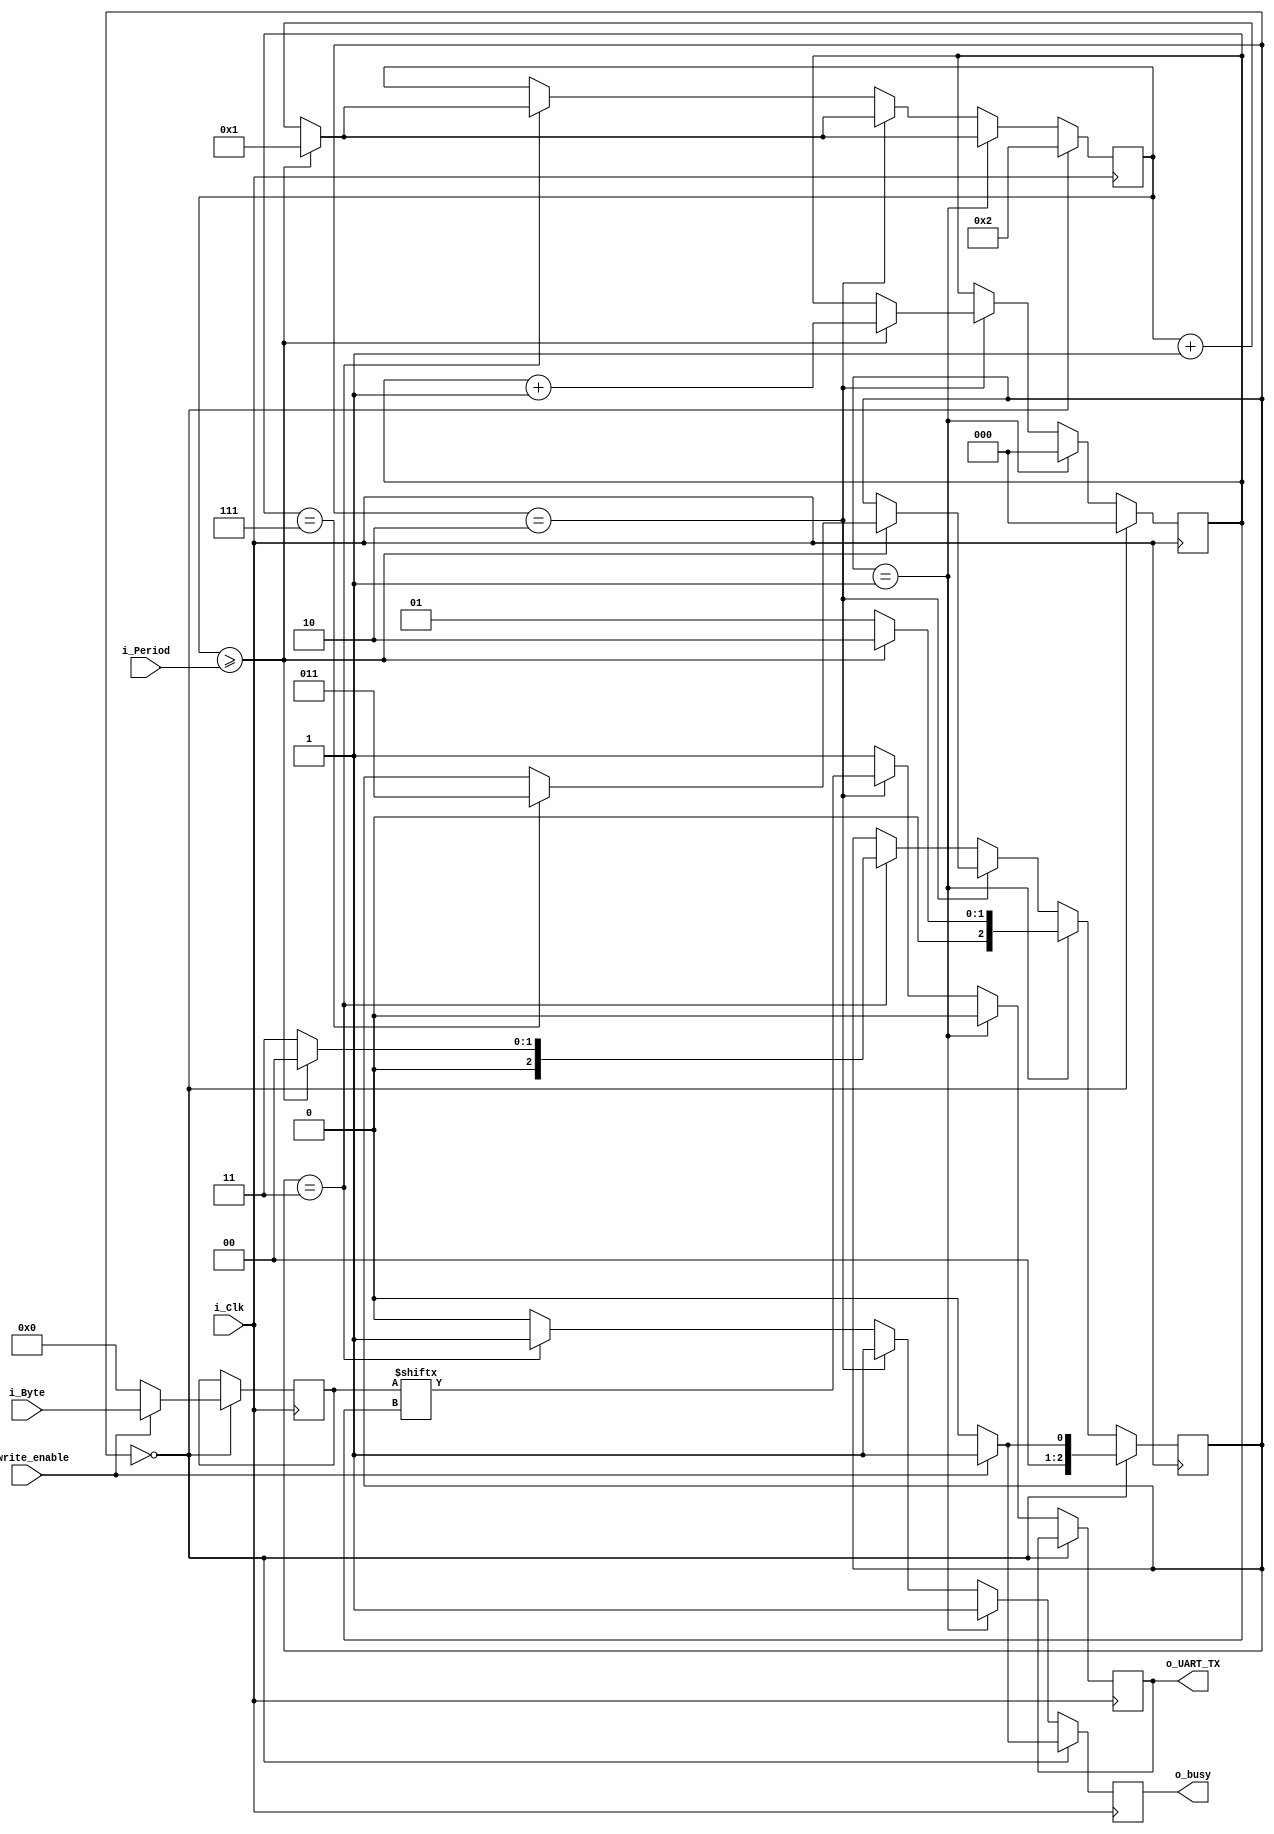
module UART_Encoder (
  input i_Clk,
  input [19:0] i_Period,
  input [7:0] i_Byte,
  input i_write_enable,
  output o_UART_TX,
  output o_busy
  );
  
  reg [2:0] r_State = 3'b0; // State machine
  reg [7:0] r_Byte = 0;
  reg [19:0] c_SampleClock = 20'b0;
  reg [2:0] r_DigitIndex;
  reg r_busy = 0;
  reg r_UART_TX = 1;
  
  assign o_UART_TX = r_UART_TX;
  assign o_busy = r_busy;
  
  always @(posedge i_Clk) begin
    if (r_State == 0) begin
      r_DigitIndex <= 0;
      c_SampleClock <= 2;
      // Start
      if (i_write_enable) begin
        // Snapshot of byte
        r_Byte <= i_Byte;
        r_State <= 1;
        r_busy <= 1;
      end else begin
        r_Byte <= 0;
        r_State <= 0;
        r_busy <= 0;
      end
    end
    // Writing start bit
    else if (r_State == 1) begin
      r_UART_TX <= 0;
      r_busy <= 1;
      r_DigitIndex <= 0;
      if (c_SampleClock >= i_Period) begin
        r_State <= 2;
        c_SampleClock <= 1;
      end else begin
        r_State <= 1;
        c_SampleClock <= c_SampleClock + 1;
      end
    end
    // Write data bits
    else if (r_State == 2) begin
      r_busy <= 1;
      if (c_SampleClock >= i_Period) begin
        c_SampleClock <= 1;
        r_UART_TX <= r_Byte[r_DigitIndex];
        r_DigitIndex <= r_DigitIndex + 1;
        if (r_DigitIndex == 7) begin
          r_State <= 3;
        end
      end
      else begin
        r_UART_TX <= r_Byte[r_DigitIndex];
        c_SampleClock <= c_SampleClock + 1;
      end
    end
    // Writing stop bit
    else if (r_State == 3) begin
      r_UART_TX <= 1;
      r_busy <= 1;
      if (c_SampleClock >= i_Period) begin
        r_State <= 0;
        c_SampleClock <= 1;
      end else begin
        r_State <= 3;
        c_SampleClock <= c_SampleClock + 1;
      end
    end
    else begin
      r_busy <= 0;
      r_UART_TX <= 1;
    end
  end
  
endmodule